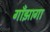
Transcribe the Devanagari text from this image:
गाँझागा